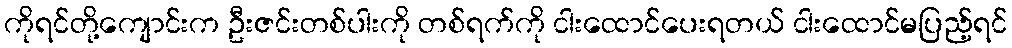
ကိုရင်တို့ကျောင်းက ဦးဇင်းတစ်ပါးကို တစ်ရက်ကို ငါးထောင်ပေးရတယ် ငါးထောင်မပြည့်ရင်